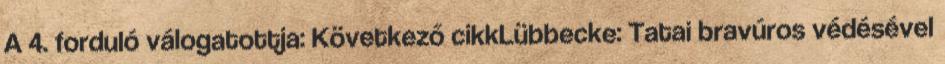
A 4. forduló válogatottja: Következő cikkLübbecke: Tatai bravúros védésével